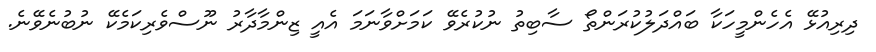
ދިރިއުޅޭ އެހެންމީހަކާ ބައްދަލުކުރަންތޯ ސާބިތު ނުކުރެވޭ ކަމަށްވާނަމަ އެއީ ޒިންމާދާރު ނޫސްވެރިކަމެކޭ ނުބުނެވޭނެ.